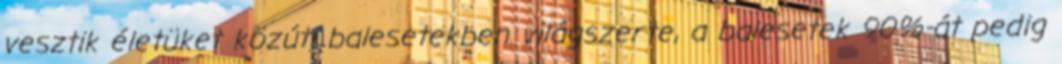
vesztik életüket közúti balesetekben világszerte, a balesetek 90%-át pedig